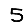
Digit: 5